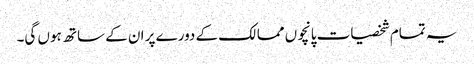
یہ تمام شخصیات پانچوں ممالک کے دورے پر ان کے ساتھ ہوں گی۔